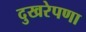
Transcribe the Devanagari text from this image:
दुखरेपणा